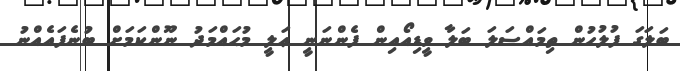
ބަލަގަ ފުލުހުން ތިމައްސަލަ ބަލާ ވީޑިއޯއިން ފެންނަނީ ޢަލީ މުޙައްމަދު ނޫންކަމަށް ބުނެފައެއްނު